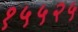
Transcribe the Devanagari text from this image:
१५५२५